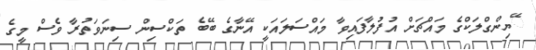
ޭޔިންގްލަކްގެ މައްޗަށް އުފުލާފައިވާ މައްސަލައަކީ އޭނާގެ ބޭބެ ތަކްސިން ސިނަވަތުރާ ވެސް މީގެ